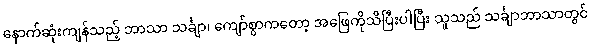
နောက်ဆုံးကျန်သည့် ဘာသာ သင်္ချာ၊ ကျော်စွာကတော့ အဖြေကိုသိပြီးပါပြီး သူသည် သင်္ချာဘာသာတွင်